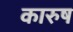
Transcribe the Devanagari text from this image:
कारुष